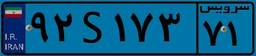
۹۲S۱۷۳۷۱